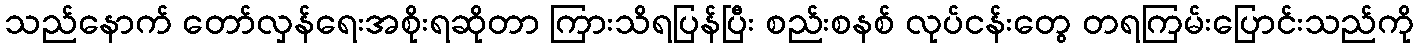
သည်နောက် တော်လှန်ရေးအစိုးရဆိုတာ ကြားသိရပြန်ပြီး စည်းစနစ် လုပ်ငန်းတွေ တရကြမ်းပြောင်းသည်ကို